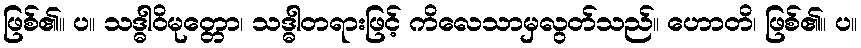
ဖြစ်၏။ ပ။ သဒ္ဓါဝိမုတ္တော၊ သဒ္ဓါတရားဖြင့် ကိလေသာမှလွတ်သည်။ ဟောတိ၊ ဖြစ်၏။ ပ။